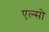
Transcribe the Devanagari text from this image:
एल्सो